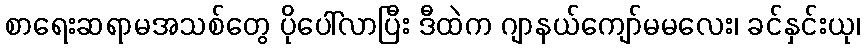
စာရေးဆရာမအသစ်တွေ ပိုပေါ်လာပြီး ဒီထဲက ဂျာနယ်ကျော်မမလေး၊ ခင်နှင်းယု၊